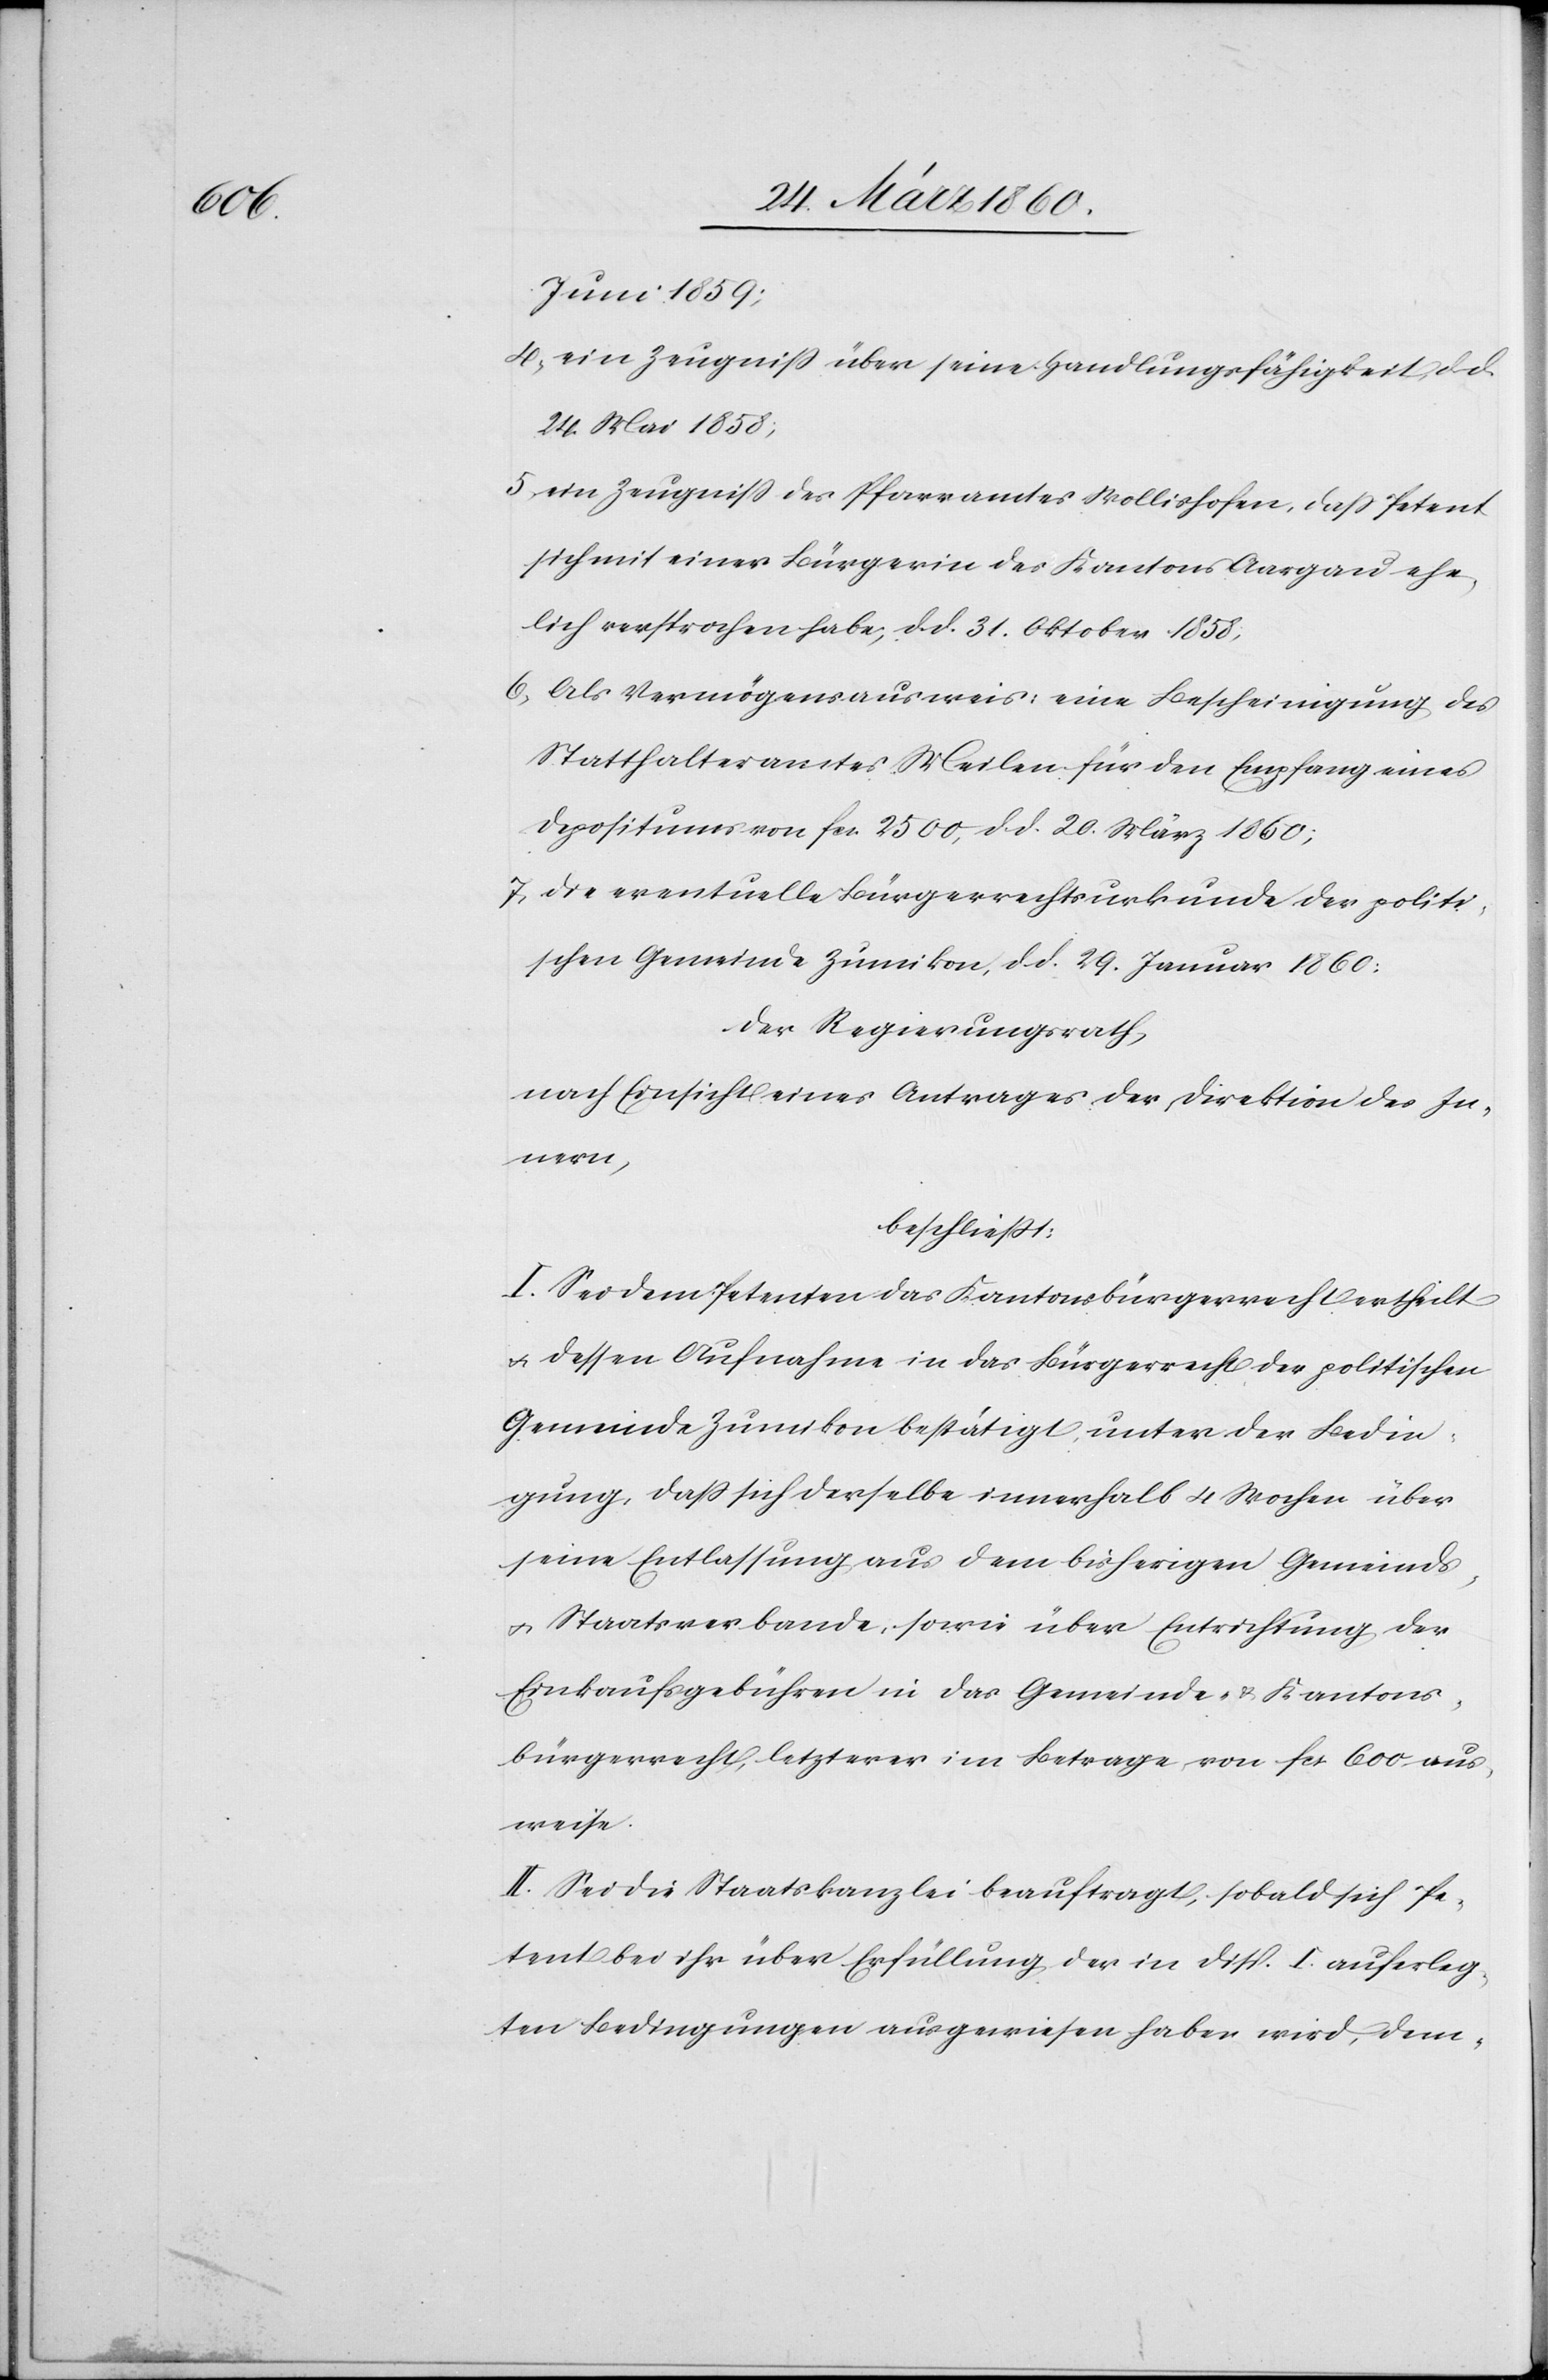
Juni 1859;
4. Zeugniss über seine Handlungsfähigkeit, d. d.
24. Mai 1858;
5. ein Zeugniss des Pfarramtes Wollishofen, dass Petent
sich mit einer Bürgerin des Kantons Aargau ehe¬
lich versprochen habe, d. d. 31. Oktober 1858;
6. Als Vermögensausweis: eine Bescheinigung des
Statthalteramtes Meilen für den Empfang eines
Depositums fcs. 2500, d. d. 20. März 1860;
7. die eventuelle Bürgerrechtsurkunde der politi¬
schen Gemeinde Zumikon, d. d. 29. Januar 1860;
Der Regierungsrath,
nach Einsicht eines Antrages der Direktion des In¬
nern,
beschliesst:
I. Sei dem Petenten das Kantonsbürgerrecht ertheilt
u. dessen Aufnahme in das Bürgerrecht der politischen
Gemeinde Zumikon bestätigt, unter der Bedin¬
gung, dass sich derselbe innerhalb 4 Wochen über
seine Entlassung aus dem bisherigen Gemeinds-
u. Staatsverbande, sowie über Entrichtung der
Einkaufsgebühren in das Gemeinde- u. Kantons¬
bürgerrecht, letzterer im Betrage von fcs. 600 aus¬
weise.
II. Sei die Staatskanzlei beauftragt, sobald sich Pe¬
tent bei ihr über Erfüllung der in Disp. I. auferleg¬
ten Bedingungen ausgewiesen haben wird, dem-